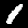
Digit: 1